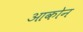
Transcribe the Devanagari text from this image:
आकोन